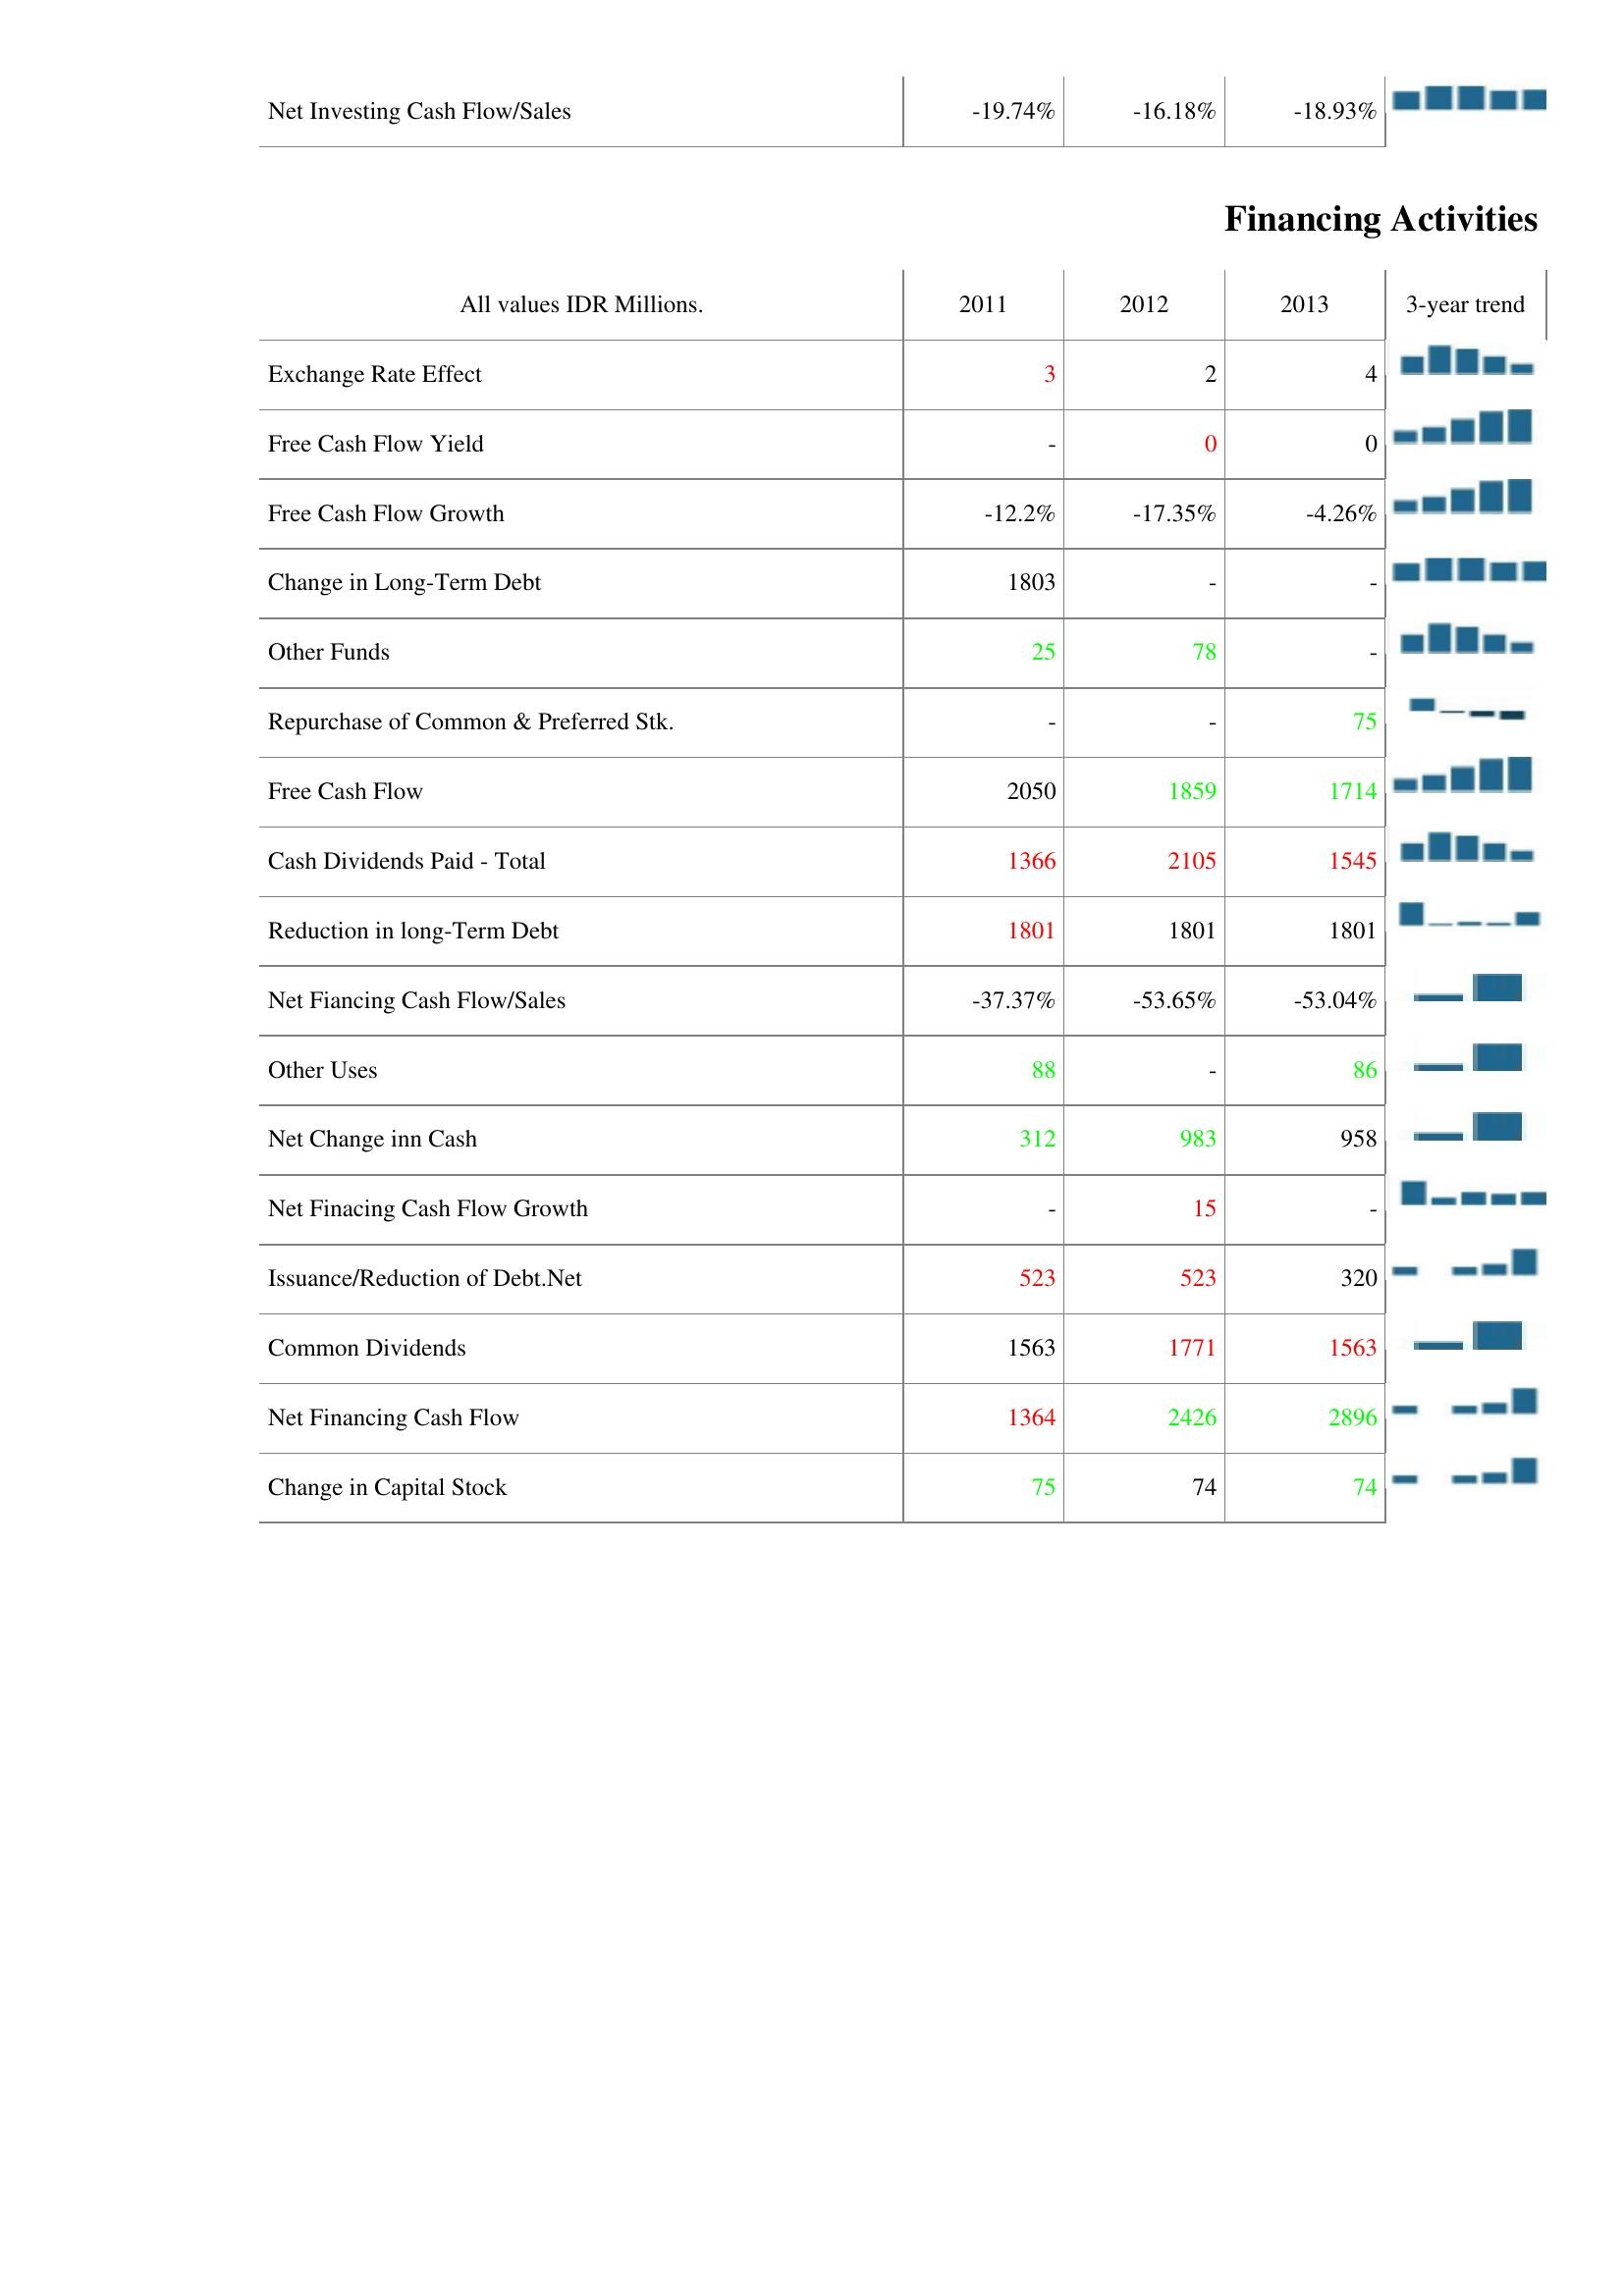
2011: Investing Activities: Net Investing Cash Flow/Sales: -19.74%
Financing Activities: Exchange Rate Effect: 3
Free Cash Flow Yield: -
Free Cash Flow Growth: -12.2%
Change in Long-Term Debt: 1803
Other Funds: 25
Repurchase of Common & Preferred Stk.: -
Free Cash Flow: 2050
Cash Dividends Paid - Total: 1366
Reduction in long-Term Debt: 1801
Net Fiancing Cash Flow/Sales: -37.37%
Other Uses: 88
Net Change inn Cash: 312
Net Finacing Cash Flow Growth: -
Issuance/Reduction of Debt.Net: 523
Common Dividends: 1563
Net Financing Cash Flow: 1364
Change in Capital Stock: 75
2012: Investing Activities: Net Investing Cash Flow/Sales: -16.18%
Financing Activities: Exchange Rate Effect: 2
Free Cash Flow Yield: 0
Free Cash Flow Growth: -17.35%
Change in Long-Term Debt: -
Other Funds: 78
Repurchase of Common & Preferred Stk.: -
Free Cash Flow: 1859
Cash Dividends Paid - Total: 2105
Reduction in long-Term Debt: 1801
Net Fiancing Cash Flow/Sales: -53.65%
Other Uses: -
Net Change inn Cash: 983
Net Finacing Cash Flow Growth: 15
Issuance/Reduction of Debt.Net: 523
Common Dividends: 1771
Net Financing Cash Flow: 2426
Change in Capital Stock: 74
2013: Investing Activities: Net Investing Cash Flow/Sales: -18.93%
Financing Activities: Exchange Rate Effect: 4
Free Cash Flow Yield: 0
Free Cash Flow Growth: -4.26%
Change in Long-Term Debt: -
Other Funds: -
Repurchase of Common & Preferred Stk.: 75
Free Cash Flow: 1714
Cash Dividends Paid - Total: 1545
Reduction in long-Term Debt: 1801
Net Fiancing Cash Flow/Sales: -53.04%
Other Uses: 86
Net Change inn Cash: 958
Net Finacing Cash Flow Growth: -
Issuance/Reduction of Debt.Net: 320
Common Dividends: 1563
Net Financing Cash Flow: 2896
Change in Capital Stock: 74